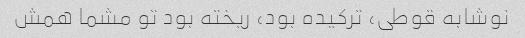
نوشابه قوطی، ترکیده بود، ریخته بود تو مشما همش